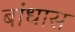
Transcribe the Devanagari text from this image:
बांधास